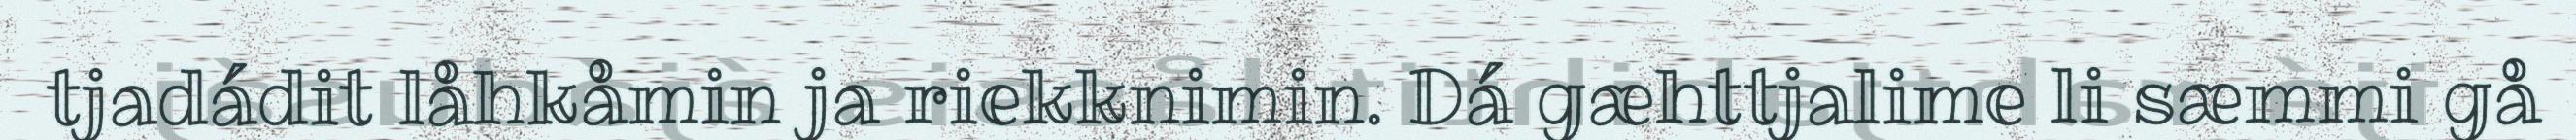
tjadádit låhkåmin ja riekknimin. Dá gæhttjalime li sæmmi gå